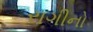
રાગીનો